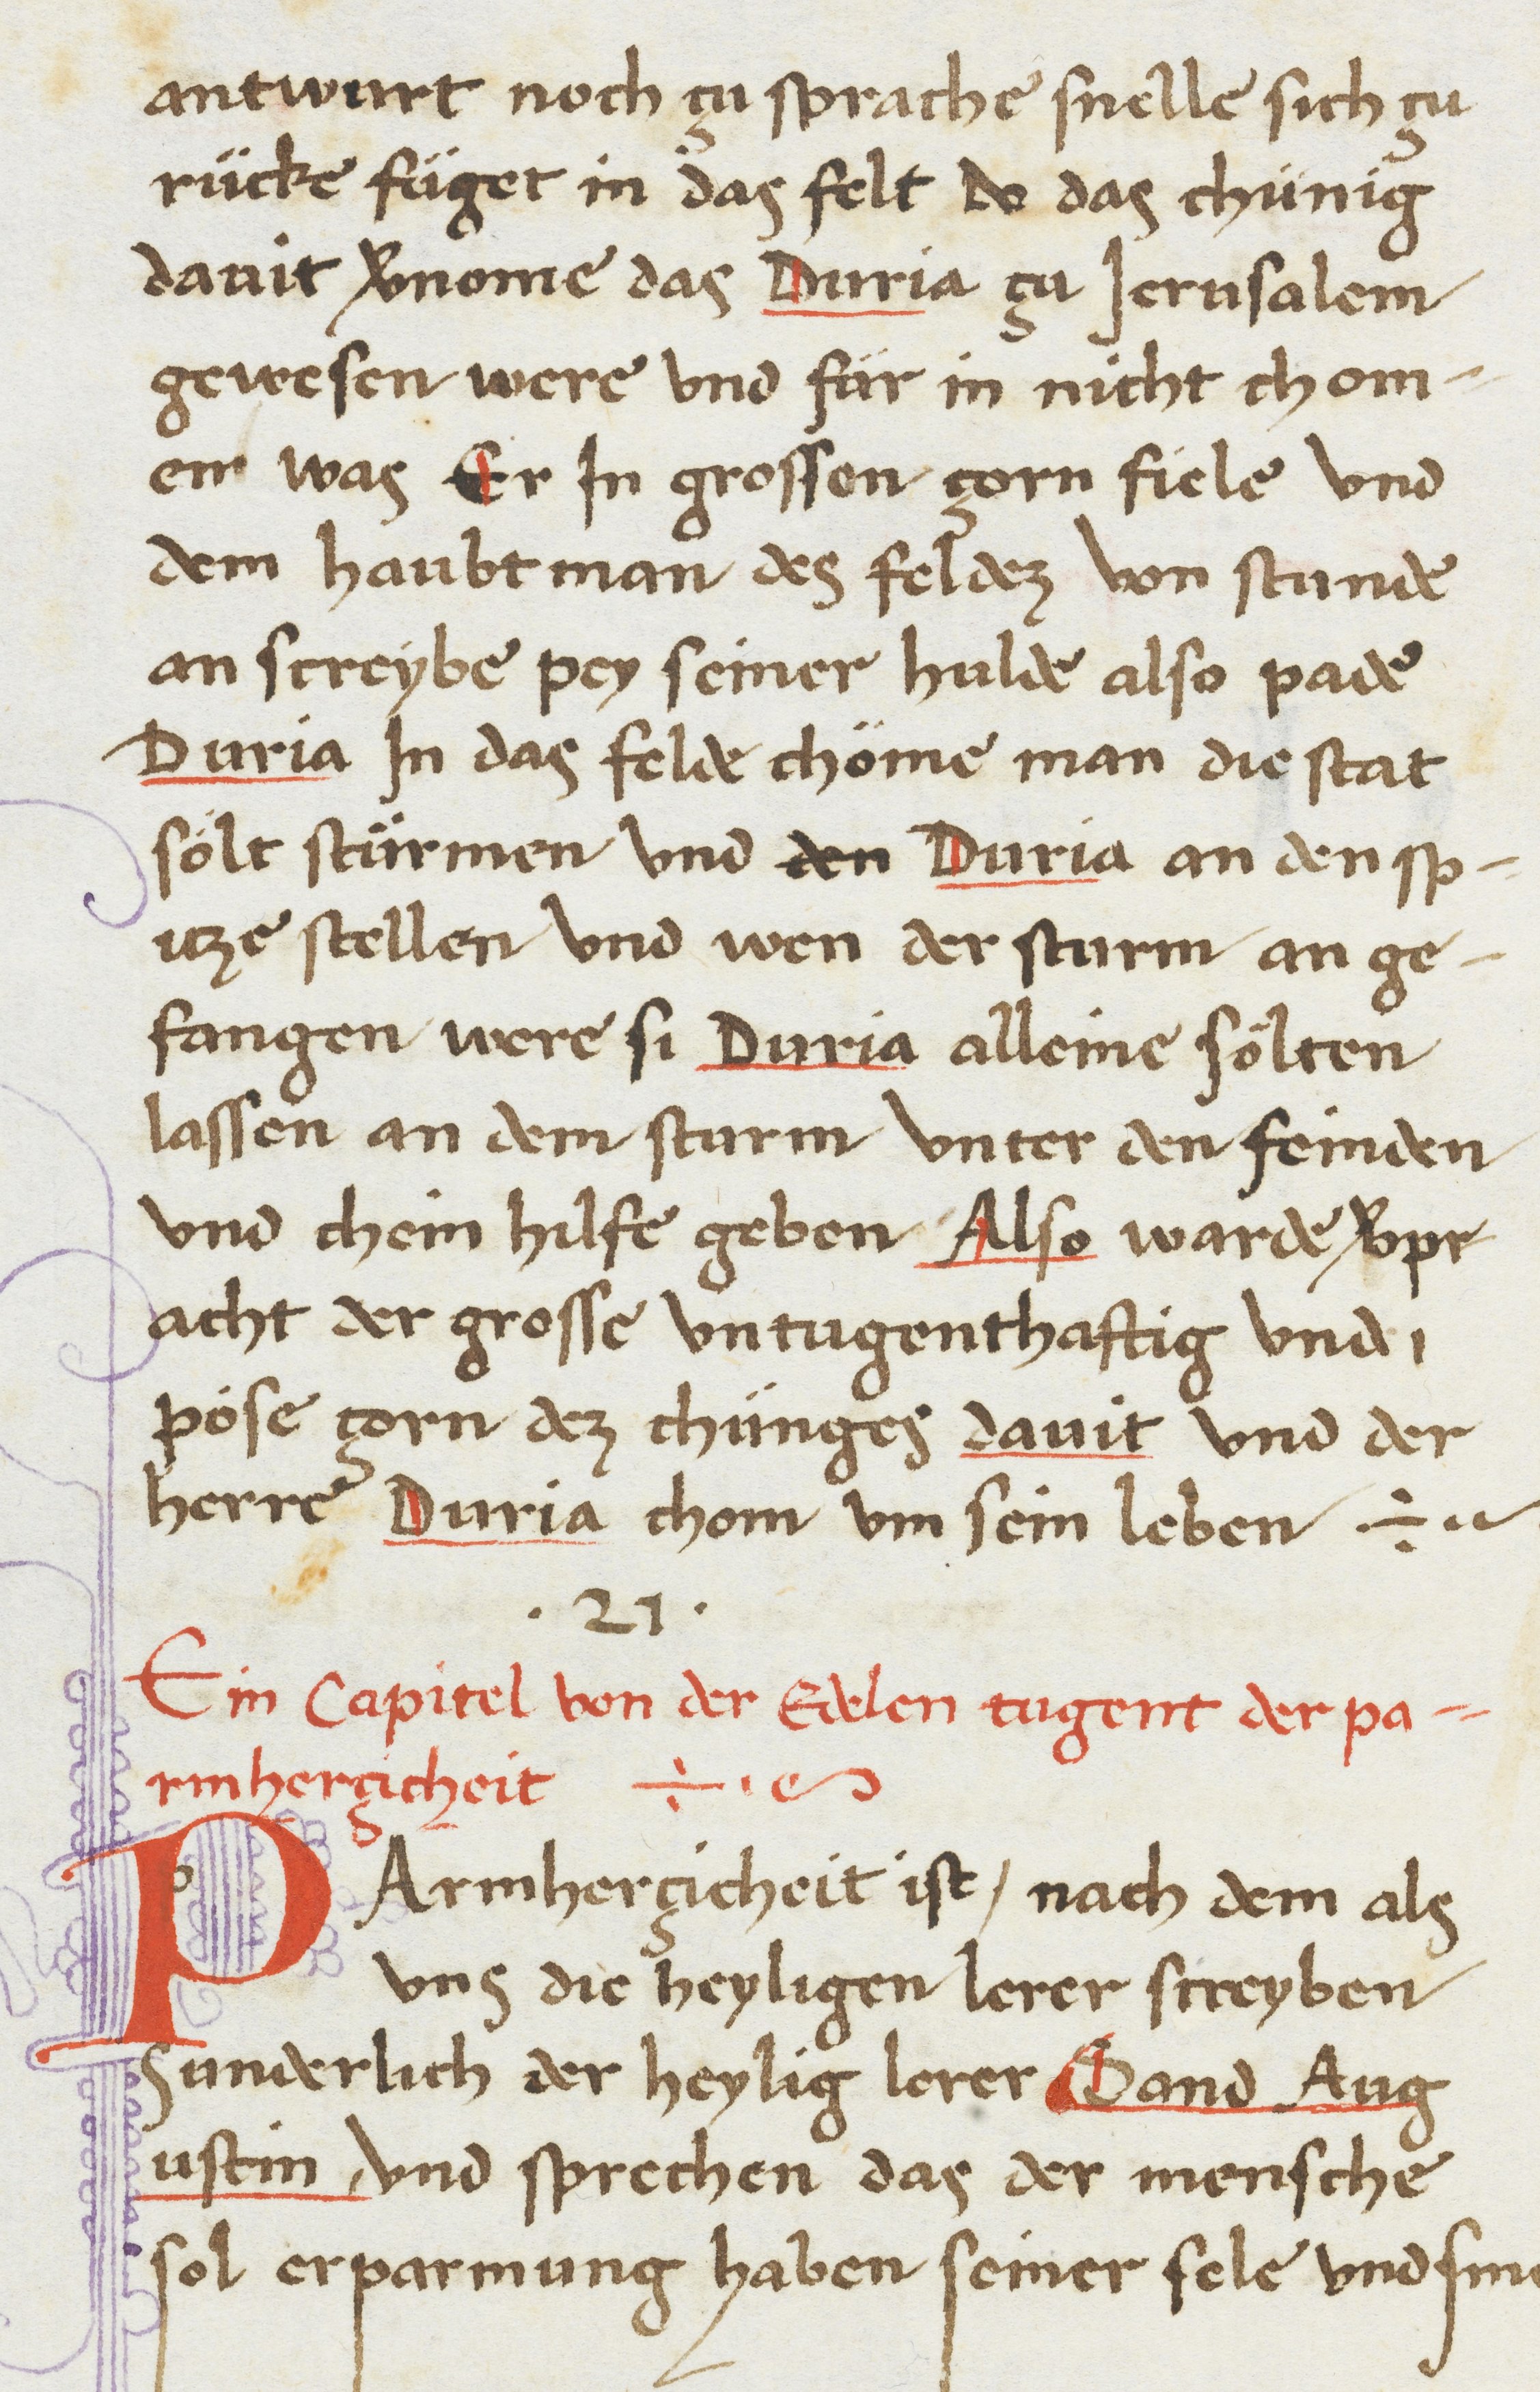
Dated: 1468–1468